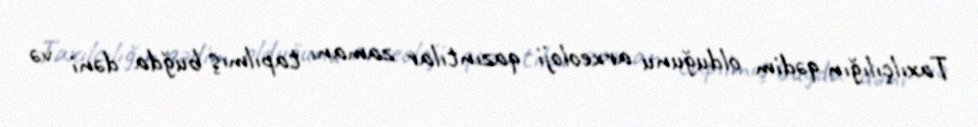
Taxılçılığın qədim olduğunu arxeoloji qazıntılar zamanı tapılmış buğda dəni və